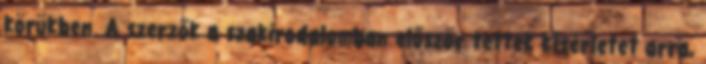
körükben. A szerzők a szakirodalomban először tettek kísérletet arra,